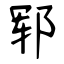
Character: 郓